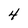
Character: 4